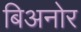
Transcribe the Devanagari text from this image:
बिअनोर